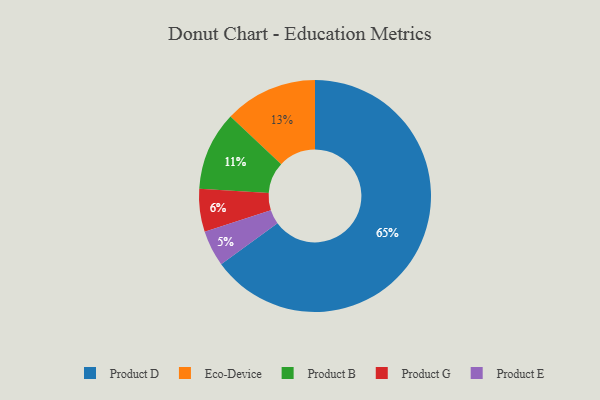
{"axis": {"x": "Category", "y": "Percentage"}, "legend": ["Eco-Device", "Product B", "Product D", "Product E", "Product G"], "data": [{"x": "Product D", "y": 65, "type": "Product D"}, {"x": "Product E", "y": 5, "type": "Product E"}, {"x": "Product B", "y": 11, "type": "Product B"}, {"x": "Eco-Device", "y": 13, "type": "Eco-Device"}, {"x": "Product G", "y": 6, "type": "Product G"}]}